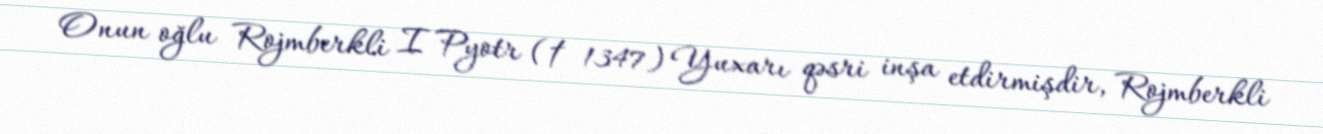
Onun oğlu Rojmberkli I Pyotr († 1347) Yuxarı qəsri inşa etdirmişdir, Rojmberkli